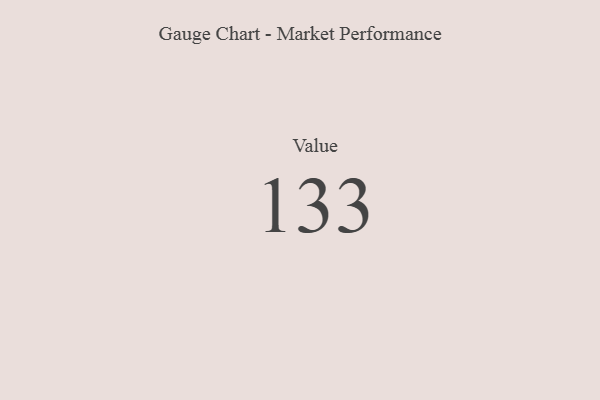
{"axis": {"x": "Metric", "y": "Value"}, "legend": [""], "data": [{"x": "Value", "y": 133, "type": ""}]}